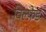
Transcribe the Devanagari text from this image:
विल्फ़ेड